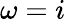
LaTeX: \omega=i